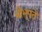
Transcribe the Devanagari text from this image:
श्रीभूपते